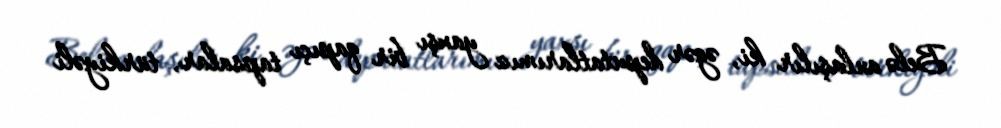
Belə anlaşılır ki, əgər deputatlarımız yaxşı bir qapıçı tapsalar, türkiyəli